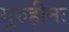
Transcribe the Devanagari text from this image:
गुरुहीनः